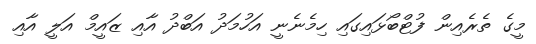
މީގެ ތެރެއިން ފުޓްބޯޅައިގައި ހިމެނެނީ އަހުމަދު އަބްދު އާއި ޒައީމް އަލީ އާއި